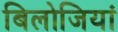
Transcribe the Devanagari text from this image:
बिलोजियां